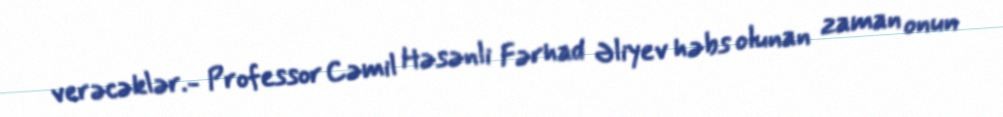
verəcəklər.- Professor Cəmil Həsənli Fərhad Əliyev həbs olunan zaman onun